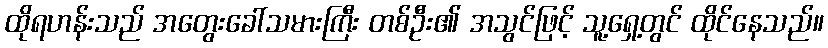
ထိုရဟန်းသည် အတွေးခေါ်သမားကြီး တစ်ဦး၏ အသွင်ဖြင့် သူ့ရှေ့တွင် ထိုင်နေသည်။